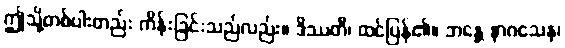
ဤသို့တစ်ပါးတည်း ကိန်းခြင်းသည်လည်း။ ဒိဿတိ၊ ထင်ပြန်၏။ ဘန္တေ နာဂသေန၊